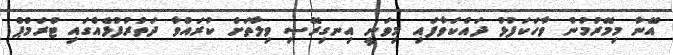
އޭނާ މިމޭރުމުން ވާހަކަފުޅު ދައްކަވާފައި މިވަނީ އިނގިރޭސި ވިލާތަށް ކުރައްވާ ދަތުރުފުޅެއްގައި ޓްރަމްޕް